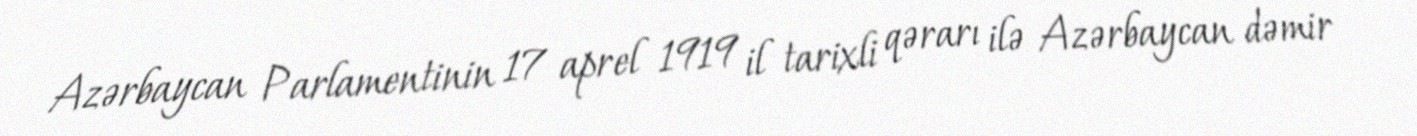
Azərbaycan Parlamentinin 17 aprel 1919 il tarixli qərarı ilə Azərbaycan dəmir